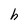
Character: h